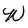
Character: W